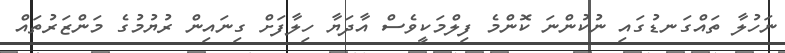
ނަހުލާ ތައްގަނޑުގައި ނުކުންނަ ކޮންމެ ފިލްމަކީވެސް އާދަޔާ ހިލާފަށް ގިނައިން ރުޔުމުގެ މަންޒަރުތައް